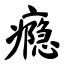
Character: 瘾